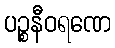
ပဉ္စနီဝရဏေ